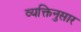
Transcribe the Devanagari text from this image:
व्यक्तिनुसार